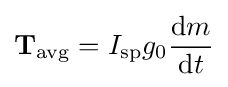
\mathbf {T_{\mathrm {avg} }} =I_{\mathrm {sp} }g_{0}{\frac {\mathrm {d} m}{\mathrm {d} t}}